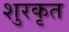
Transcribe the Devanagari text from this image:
शुरकृत